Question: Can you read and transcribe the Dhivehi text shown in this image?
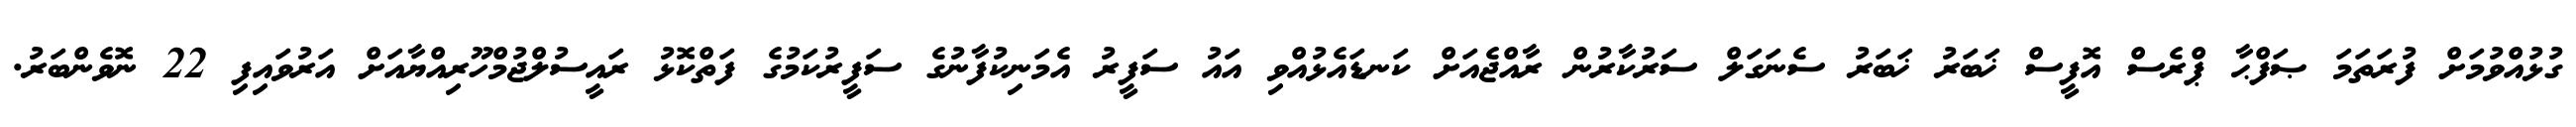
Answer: ގުޅުއްވުމަށް ފުރަތަމަ ޞަފްޙާ ޕްރެސް އޮފީސް ޚަބަރު ޚަބަރު ސެނަގަލް ސަރުކާރުން ރާއްޖެއަށް ކަނޑައެޅުއްވި އައު ސަފީރު އެމަނިކުފާނުގެ ސަފީރުކަމުގެ ފަތްކޮޅު ރައީސުލްޖުމްހޫރިއްޔާއަށް އަރުވައިފި 22 ނޮވެންބަރު.